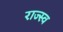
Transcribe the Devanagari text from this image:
राज्स्व